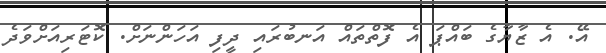
އޭ. އެ ޒާޔާގެ ބައްޕަ އެ ފޮތްތައް އަނބުރައި ދީފި އަހަންނަށް. ކޮޓަރިއަށްވަދެ